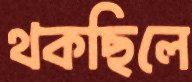
থকছিলে